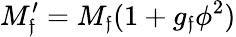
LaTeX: M_{\mathfrak{f}}^{\prime}=M_{\mathfrak{f}}(1+g_{\mathfrak{f}}\phi^{2})